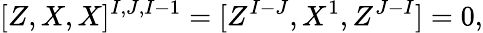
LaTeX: [Z,X,X]^{I,J,I-1}=[Z^{I-J},X^{1},Z^{J-I}]=0,